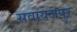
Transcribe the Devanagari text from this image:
सवायजपुर